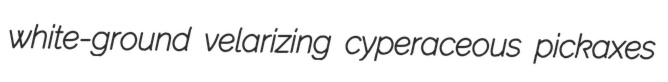
white-ground velarizing cyperaceous pickaxes